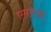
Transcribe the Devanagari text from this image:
एमाण्डा